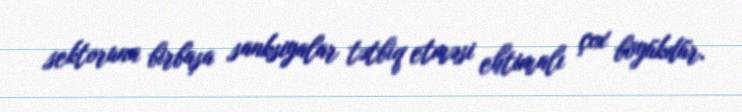
sektoruna birbaşa sanksiyalar tətbiq etməsi ehtimalı çox böyükdür.